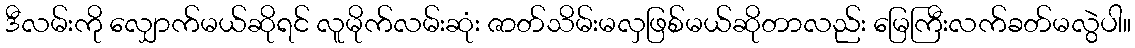
ဒီလမ်းကို လျှောက်မယ်ဆိုရင် လူမိုက်လမ်းဆုံး ဇာတ်သိမ်းမလှဖြစ်မယ်ဆိုတာလည်း မြေကြီးလက်ခတ်မလွဲပါ။